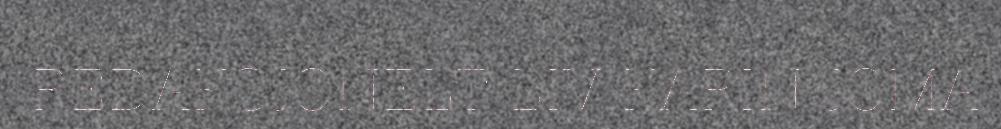
REDAKSJONELT LIV KARIN JOMA